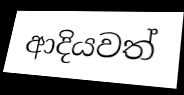
ආදියවත්